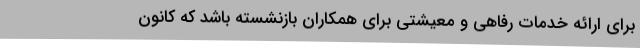
برای ارائه خدمات رفاهی و معیشتی برای همکاران بازنشسته باشد که کانون